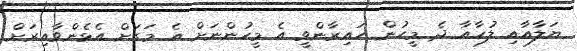
ޔަލާއާއި ލުހާއާ ދެ މީހުން ހައިރާންވީ އެ މީހުންނަށް އެ މަގަށް އެޅެންވާއިރަށް